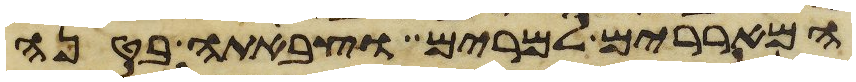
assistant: המאררים למרים וצבתה בטנה